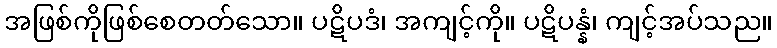
အဖြစ်ကိုဖြစ်စေတတ်သော။ ပဋိပဒံ၊ အကျင့်ကို။ ပဋိပန္နံ၊ ကျင့်အပ်သည။